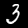
Label: 3